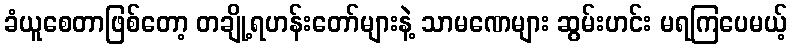
ခံယူစေတာဖြစ်တော့ တချို့ရဟန်းတော်များနဲ့ သာမဏေများ ဆွမ်းဟင်း မရကြပေမယ့်